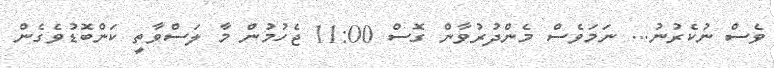
ވެސް ނުކެރުނު... ނަމަވެސް މެންދުރުވާން ގޮސް 11:00 ޖެހުމުން މާ ލަސްވާތީ ކަންބޮޑުވެގެން